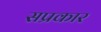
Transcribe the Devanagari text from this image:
सप्रकार